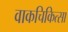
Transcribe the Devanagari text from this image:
वाकचिकित्सा